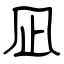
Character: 凪